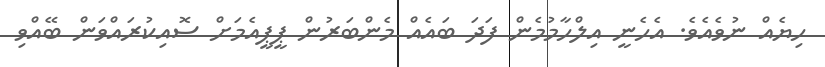
ހިޔެއް ނުވެއެވެ. އެހެނީ އިލްހާމުމެން ފަދަ ބައެއް މެންބަރުން ޕީޕީއެމަށް ސޮއިކުރައްވަން ބޭއްވި